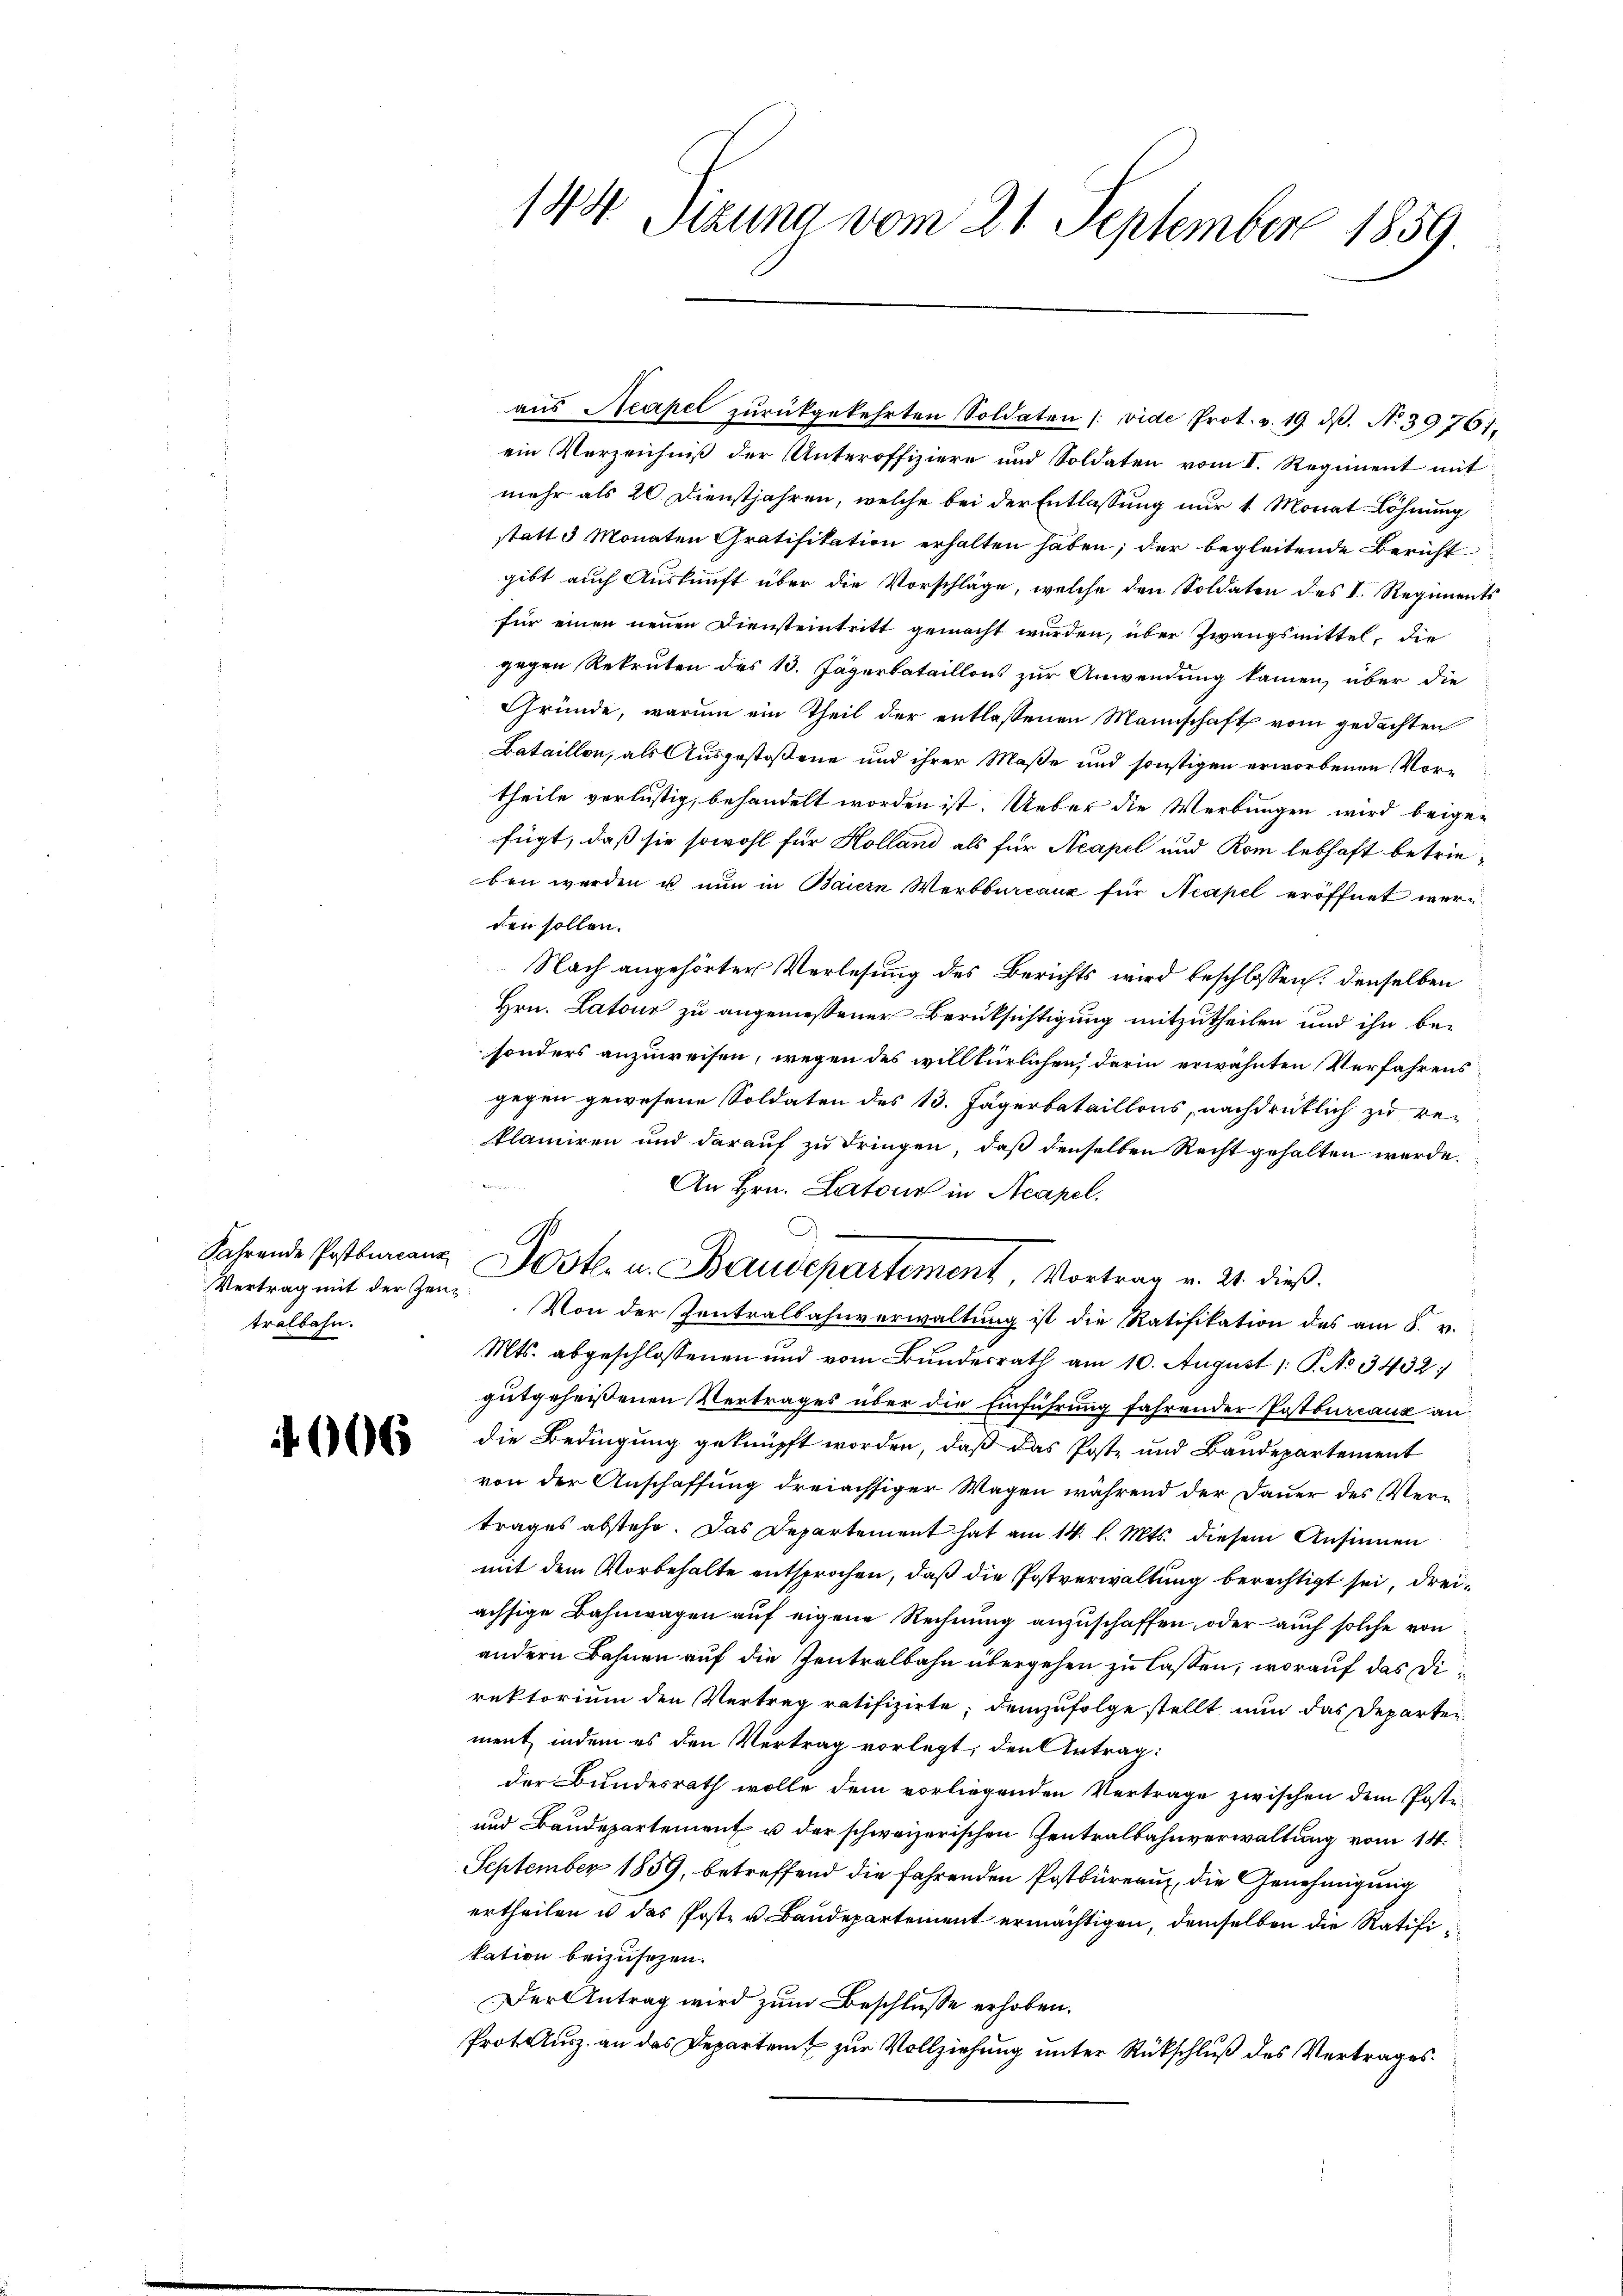
tralbahn.

4606

aŭs Neapel zŭrückgekehrten Soldaten (vide Prot. v. 19. dβ. No 39761.
ein Verzeichniß der Unteroffiziere und Soldaten vom I. Regiment mit
mehr als 20 Dienstjahren, welche bei der Entlassung nur 1 Monat Löhnung
statt 3 Monaten Gratifikation erhalten haben; der begleitende Bericht
gibt auch Auskunft über die Vorschläge, welche den Soldaten des I. Regiments
für einen neuen Diensteintritt gemacht wurden, über Zwangsmittel, die
gegen Rekruten des 13. Jägerbataillons zur Anwendung kamen, über die
Gründe, warum ein Theil der entlassenen Mannschaft vom gedachten
Bataillon, als Ausgestoßene und ihrer Maße und sonstigen erworbenen Vortheile verlustig, behandelt worden ist. Ueber die Werbungen wird beigefügt, daß sie sowohl für Holland als für Acapel und Rom lebhaft betrieben werden u nun in Baiern Werbbureaux für Neapel eröffnet werden sollen.
Nach angehörter Verlesung des Berichts wird beschlossen: denselben
Hrn. Latour zu angemessener Berüksichtigung mitzutheilen und ihn besonders anzuweisen, wegen des willkürlichen, darin erwähnten Verfahrens
gegen gewesene Soldaten des 13. Jägerbataillons, nachdrücklich zu reiklamiren und darauf zu dringen, daß denselben Recht gehalten werde.
An Hrn. Latons in Acapel.
Vertrag mit der Zeug. Von der Zentralbahnverwaltung ist die Ratifikation des am 8. v.
Mts. abgeschlossenen und vom Bundesrath am 10. August /: P. No 3432:
gutgeheißenen Vertrages über die Einführung fahrender Postbureaux an
die Bedingung geknüpft worden, daß das Poste und Bandepartement
von der Anschaffung dreiächsiger Wagen während der Dauer des Vertrages abstehe. Das Departement hat am 14. l. Mts. diesem Ansinnen
mit dem Vorbehalte entsprochen, daß die Postverwaltung berechtigt sei, dreiachsige Bahnwagen auf eigene Rechnung anzuschaffen, oder auch solche von
andern Bahnen auf die Zentralbahn übergehen zu lassen, worauf das Direktorium den Vertrag ratifizirte, demzufolge stellt nun das Departen
ment, indem es den Vertrag vorlegt; den Antrag:
der Bundesrath wolle dem vorliegenden Vertrage zwischen dem Poste
und Baudepartement u der schweizerischen Zentralbahnverwaltung vom 11.
September 1859, betreffend die fahrenden Postbüreau, die Genehmigung
ertheilen u das Post- u Baudepartement ermächtigen, demselben die Ratifi
kation beizusehen.
Der Antrag wird zum Beschlusse erhoben.
Prot. Ausz. an das Departeit zur Vollziehung unter Rückschluß des Vertrages.

144. Sizung vom 21. September 1859.

1

Fahrende Postburanz Jostl. u. Baudepartement, Vortrag v. 21. dieβ.